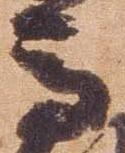
馬